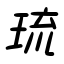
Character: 琉